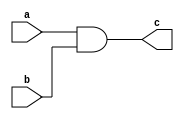
// Design: and gate
// Description: 
// Copyright Universidad de Sevilla, Spain
// Rev: 4, sep 2017

module and_gate(
	input a,
	input b,
	output c);

assign c = a & b;

endmodule